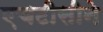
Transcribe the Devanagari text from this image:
एचटीसीने